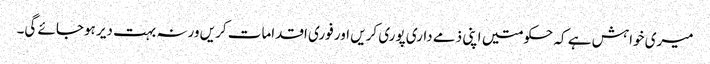
میری خواہش ہے کہ حکومتیں اپنی ذمے داری پوری کریں اور فوری اقدامات کریں ورنہ بہت دیر ہوجائے گی۔